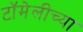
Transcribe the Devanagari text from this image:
टॉमेलीच्या